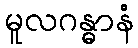
မူလဂန္ဓာနံ